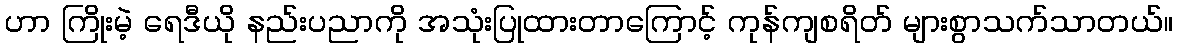
ဟာ ကြိုးမဲ့ ရေဒီယို နည်းပညာကို အသုံးပြုထားတာကြောင့် ကုန်ကျစရိတ် များစွာသက်သာတယ်။